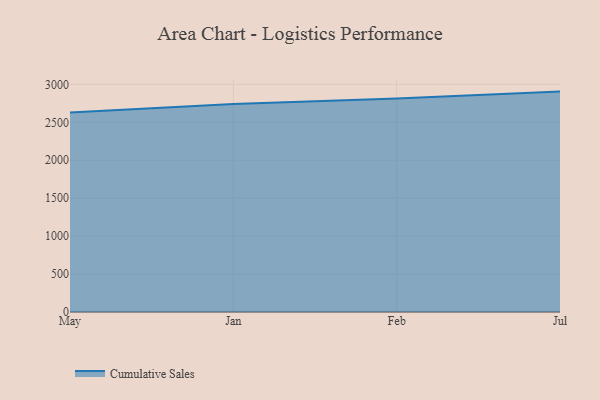
{"axis": {"x": "Month", "y": "Customer Acquisition Cost (USD)"}, "legend": ["Cumulative Sales"], "data": [{"x": "May", "y": 2629.6, "type": "Cumulative Sales"}, {"x": "Jan", "y": 2742.3, "type": "Cumulative Sales"}, {"x": "Feb", "y": 2815.5, "type": "Cumulative Sales"}, {"x": "Jul", "y": 2904.9, "type": "Cumulative Sales"}]}